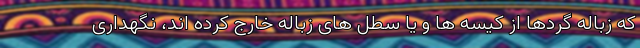
که زباله گردها از کیسه ها و یا سطل های زباله خارج کرده اند، نگهداری